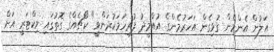
އަލުން އެންމެން ގުޅިގެން އަހަރުމެންގެ އުއްމީދު ފުރިހަމަކުރަންވީ" ކޯޗެއްގެ ގޮތުގައި ވިކްޓަރީ އަށް